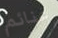
غنائم